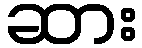
ဆား